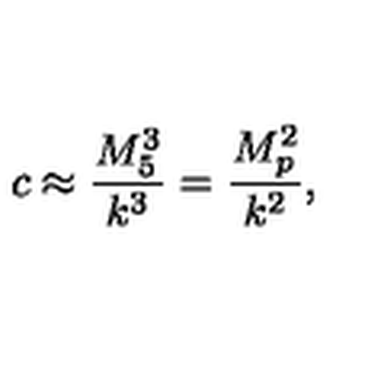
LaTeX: c \approx \frac { M _ { 5 } ^ { 3 } } { k ^ { 3 } } = \frac { M _ { p } ^ { 2 } } { k ^ { 2 } } ,